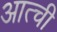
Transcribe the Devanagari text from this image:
आत्ची